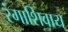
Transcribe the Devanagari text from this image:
रंगाशिवाय